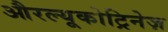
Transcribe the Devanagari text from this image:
औरल्यूकोट्रिनेज़